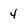
Character: 4